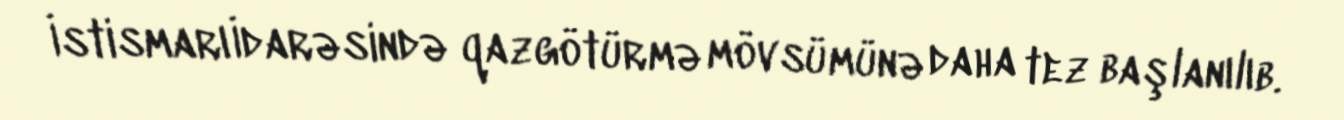
İstismarı İdarəsində qazgötürmə mövsümünə daha tez başlanılıb.